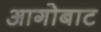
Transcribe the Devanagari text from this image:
आगोबाट